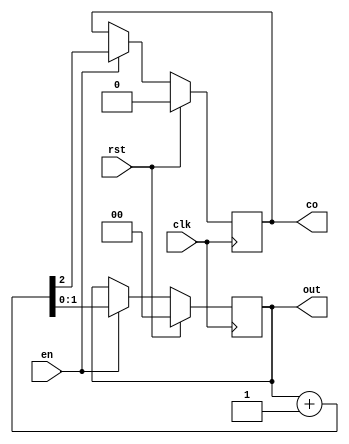
module two_bit_counter(input clk , rst , en , output reg [1:0] out , output reg co);
    always @(posedge clk)
    begin
      if(rst)
      begin
        out<= 2'd0; 
        co<= 0; 
      end
      else if (en)
      begin
        {co, out} <= out + 2'd1;
      end
    end
endmodule

module four_bit_counte(input clk , rst , en , output reg [3:0] out , output reg co);
    always @(posedge clk)
    begin
      if(rst)
      begin
        out<= 4'd3; 
        co<= 0; 
      end
      else if (en)
      begin
        if (out != 4'd15)
        {co, out} <= out + 4'd1; 
        else
          out<= 4'd3;
      end
    end

endmodule